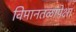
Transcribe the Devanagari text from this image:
विमानतळापेक्षा